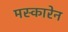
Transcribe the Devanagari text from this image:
मस्कारेन